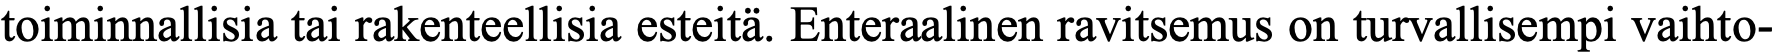
toiminnallisia tai rakenteellisia esteitä. Enteraalinen ravitsemus on turvallisempi vaihto-